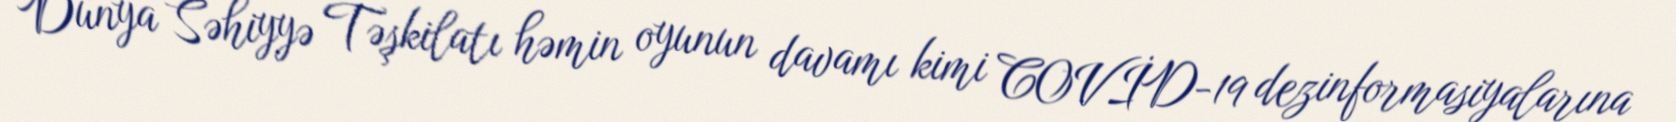
Dünya Səhiyyə Təşkilatı həmin oyunun davamı kimi COVİD-19 dezinformasiyalarına